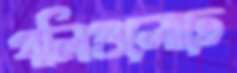
গলিগুলোতে